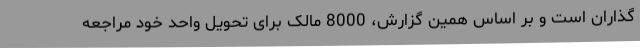
‌گذاران است و بر اساس همین گزارش، 8000 مالک برای تحویل واحد خود مراجعه